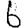
Digit: 6